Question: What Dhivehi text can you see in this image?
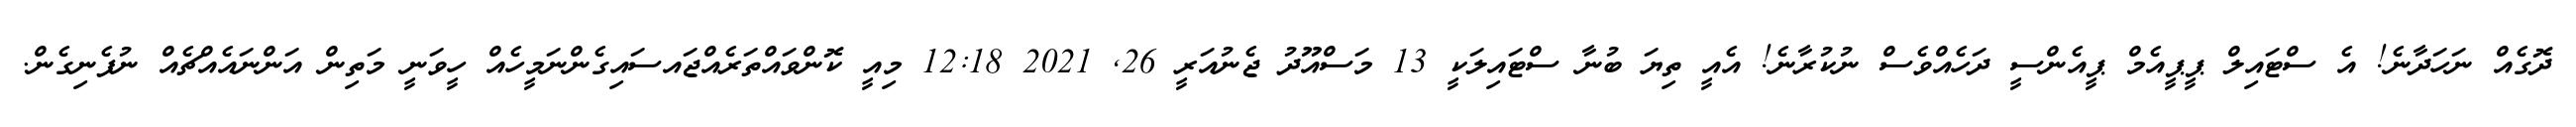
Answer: ދޮގެއް ނަހަދާނެ! އެ ސްޓައިލް ޕީޕީއެމް ޕީއެންސީ ދަހެއްވެސް ނުކުރާނެ! އެއީ ތިޔަ ބުނާ ސްޓައިލަކީ 13 މަސްއޫދު ޖެނުއަރީ 26, 2021 12:18 މިއީ ކޮންވައްތަރެއްޖައސައިގެންނަމީހެއް ހީވަނީ މަތިން އަންނައެއްޗެއް ނުފެނިގެން.